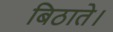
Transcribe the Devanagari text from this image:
बिठाते।